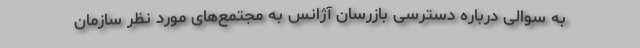
به سوالی درباره دسترسی بازرسان آژانس به مجتمع‌های مورد نظر سازمان